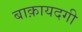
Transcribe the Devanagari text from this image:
बाक़ायदगी